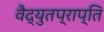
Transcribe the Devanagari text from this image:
वैद्युतप्राप्ति